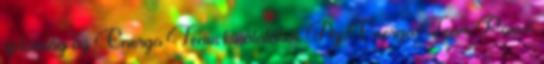
újdonság az Energo Team kínálatából. Az Energo Team Power